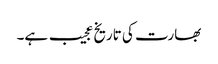
بھارت کی تاریخ عجیب ہے۔